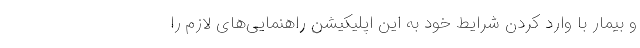
و بیمار با وارد کردن شرایط خود به این اپلیکیشن راهنمایی‌های لازم را